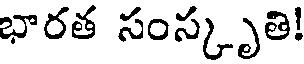
భారత సంస్కృతి!